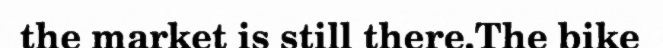
the market is still there.The bike